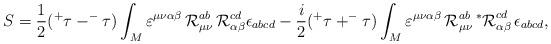
LaTeX: \begin{align*}S=\frac 12(^{+}\tau -^{-}\tau )\int_M \varepsilon^{\mu \nu \alpha \beta }\, {\cal R}_{\mu \nu}^{ab}\, {\cal R}_{\alpha \beta}^{cd}\epsilon_{abcd} -\frac i2(^{+}\tau +^{-}\tau )\int_M\varepsilon^{\mu \nu \alpha \beta }\, {\cal R}_{\mu \nu }^{ab}\,{^{*}{\cal R}}_{\alpha \beta }^{cd}\, \epsilon _{abcd},\end{align*}